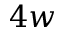
4 w